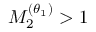
M _ { 2 } ^ { ( \theta _ { 1 } ) } > 1